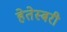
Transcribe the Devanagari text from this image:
हेतेस्बरी